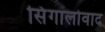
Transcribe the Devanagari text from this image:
सिंगालोवाद